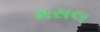
મસલ